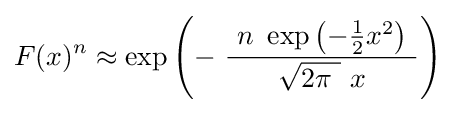
F(x)^{n}\approx \exp \left(-\ {\frac {\ n\ \exp \left(-{\tfrac {1}{2}}x^{2}\right)\ }{\ {\sqrt {2\pi \ }}\ x\ }}\right)~